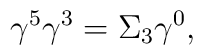
\gamma ^{5}\gamma ^{3}=\Sigma _{3}\gamma ^{0},